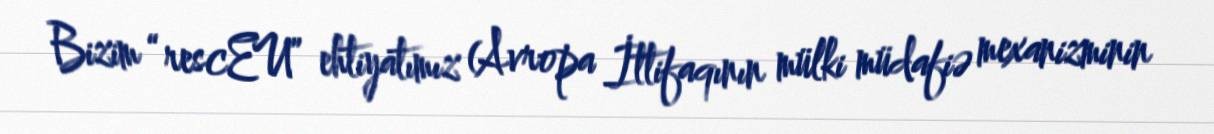
Bizim “rescEU” ehtiyatımız (Avropa İttifaqının mülki müdafiə mexanizminin